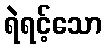
ရဲရင့်သော